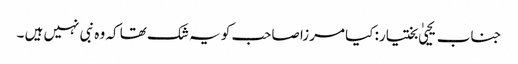
جناب یحییٰ بختیار: کیا مرزا صاحب کو یہ شک تھا کہ وہ نبی نہیں ہیں ۔